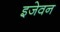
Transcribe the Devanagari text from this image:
इजेवन